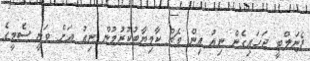
ޕެނަލްޓީ ޖަހައިގެން ނިއު އިން މެޗް ކާމިޔާބުކުރުމުން ނިއު އަށް ވަނީ ސެމީގެ